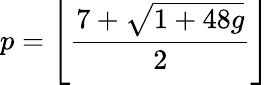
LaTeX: p=\left\lfloor{\frac{7+{\sqrt{1+48g}}}{2}}\right\rfloor